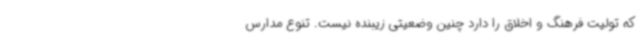
که تولیت فرهنگ و اخلاق را دارد چنین وضعیتی زیبنده نیست. تنوع مدارس